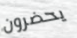
يحضرون